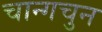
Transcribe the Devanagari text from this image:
चान्गचुन